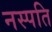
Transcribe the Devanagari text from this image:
नस्पति